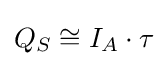
Q_{S}\cong I_{A}\cdot \tau